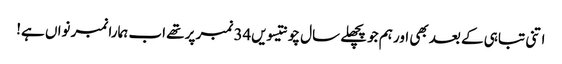
اتنی تباہی کے بعد بھی اور ہم جو پچھلے سال چونتیسویں34 نمبر پر تھے اب ہمارا نمبر نواں ہے!